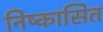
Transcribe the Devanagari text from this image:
निष्कासित